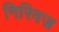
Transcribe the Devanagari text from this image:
गिरिवज्र